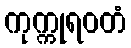
ကုက္ကုရဝတံ